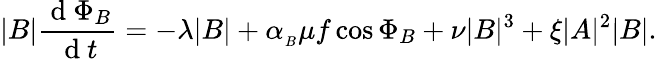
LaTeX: |B|\frac{\mathrm{~d~}\Phi_{B}}{\mathrm{~d~}t}=-\lambda|B|+\alpha_{_B}\mu f\cos{\Phi_{B}}+\nu|B|^{3}+\xi|A|^{2}|B|.